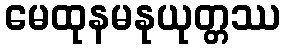
မေထုနမနုယုတ္တဿ